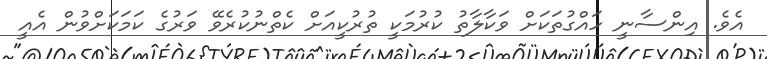
އެވެ. އިންސާނީ ހައްގުތަކަށް ވަކާލާތު ކުރުމަކީ ތުރުކީއަށް ކެތްނުކުރެވޭ ވަރުގެ ކަމަކަށްވުން އެއީ